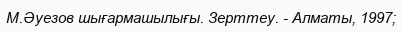
М.Әуезов шығармашылығы. Зерттеу. - Алматы, 1997;